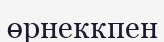
өрнеккпен